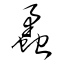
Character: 蟊